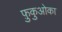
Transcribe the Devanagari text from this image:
फ़ुकुओका